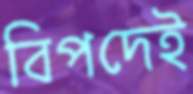
বিপদেই